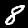
Label: 8